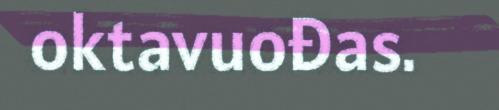
oktavuođas.